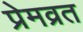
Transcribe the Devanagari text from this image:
प्रेमव्रत